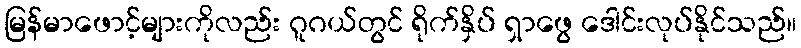
မြန်မာဖောင့်များကိုလည်း ဂူဂယ်တွင် ရိုက်နှိပ် ရှာဖွေ ဒေါင်းလုပ်နိုင်သည်။